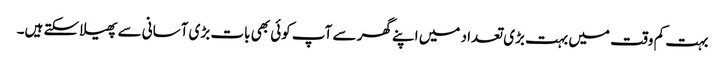
بہت کم وقت میں بہت بڑی تعداد میں اپنے گھر سے آپ کوئی بھی بات بڑی آسانی سے پھیلا سکتے ہیں۔